Scientific memoirs by medical officers of the Army of India - Part IX,
Year: 1895
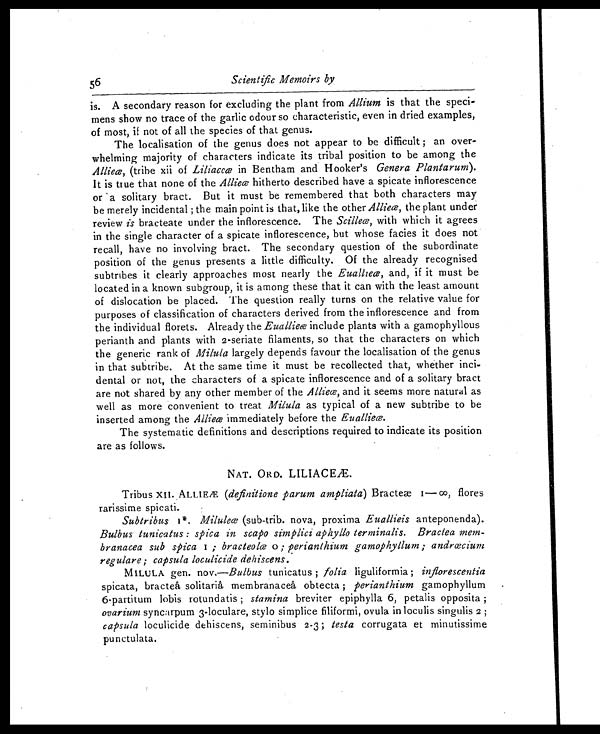
56
Scientific Memoirs by
is. A secondary reason for excluding the plant from Allium is that the speci-
mens show no trace of the garlic odour so characteristic, even in dried examples,
of most, if not of all the species of that genus.
The localisation of the genus does not appear to be difficult ; an over-
whelming majority of characters indicate its tribal position to be among the
Allieæ, (tribe xii of Liliaceæ in Bentham and Hooker's Genera Plantarum ).
It is true that none of the Allieæ hitherto described have a spicate inflorescence
or a solitary bract. But it must be remembered that both characters may
be merely incidental ; the main point is that, like the other Allieæ, the plant under
review is bracteate under the inflorescence. The Scilleæ, with which it agrees
in the single character of a spicate inflorescence, but whose facies it does not
recall, have no involving bract. The secondary question of the subordinate
position of the genus presents a little difficulty. Of the already recognised
subtribes it clearly approaches most nearly the Euallieæ, and, if it must be
located in a known subgroup, it is among these that it can with the least amount
of dislocation be placed. The question really turns on the relative value for
purposes of classification of characters derived from the inflorescence and from
the individual florets. Already the Euallieæ include plants with a gamophyllous
perianth and plants with 2-seriate filaments, so that the characters on which
the generic rank of Milula largely depends favour the localisation of the genus
in that subtribe. At the same time it must be recollected that, whether inci-
dental or not, the characters of a spicate inflorescence and of a solitary bract
are not shared by any other member of the Allieæ, and it seems more natural as
well as more convenient to treat Milula as typical of a new subtribe to be
inserted among the Allieæ immediately before the Euallieæ.
The systematic definitions and descriptions required to indicate its position
are as follows.
NAT. ORD. LILIACEÆ.
Tribus XII. ALLIEÆ ( definitione parum ampliata ) Bracteæ 1— 00, flores
rarissime spicati.
Subtribus1 *
M i l u l e æ
( s u b - t r i b . n o v a , p r o x i m a
E u a l l i e i s
a n t e p o n e n d a ) .
Bulbus tunicatus : spica in scapo simplici aphyllo terminalis. Bractea mem-
branacea sub spica 1 ; b r a c t e o l æ
o ; p e r i a n t h i u m g a m o p h y l l u m ; a n d r œ c i u m
regulare ; capsula loculicide dehiscens.
MILULA gen. nov.—Bulbus tunicatus ; folia liguliformia ; inflorescentia
spicata, bracteâ solitariâ membranaceâ obtecta ; perianthium gamophyllum
6-partitum lobis rotundatis ; stamina breviter epiphylla 6, petalis opposita ;
ovarium syncarpum 3-loculare, stylo simplice filiformi, ovula in loculis singulis 2 ;
capsula loculicide dehiscens, seminibus 2-3 ;t e s t a
c o r r u g a t a e t m i n u t i s s i m e
punctulata.